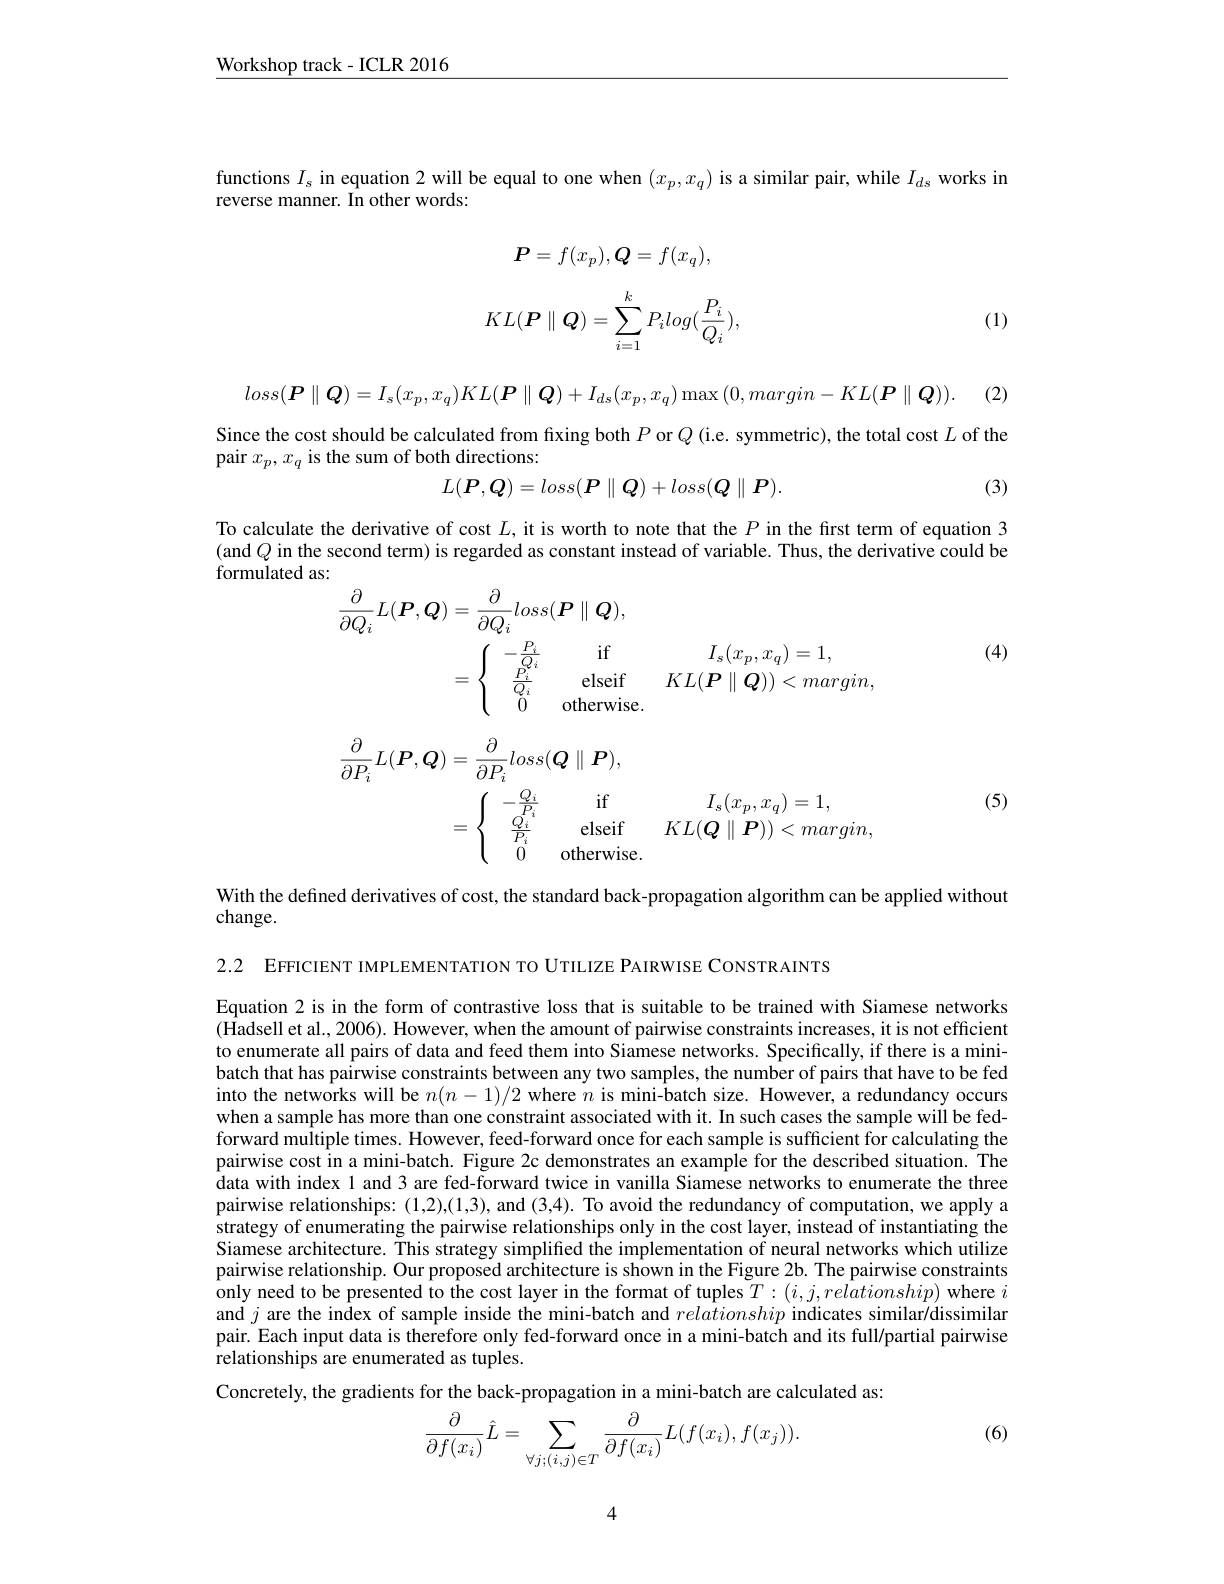
$\underline{\text{Workshop track-ICLR 2016}}$

functions $I_s$ in equation 2 will be equal to one when $(x_p,x_q)$ is a similar pair, while $I_d$s works in
reverse manner. In other words:
$$\boldsymbol{P}=f(x_p),\boldsymbol{Q}=f(x_q),$$
$$KL(\boldsymbol{P}\parallel\boldsymbol{Q})=\sum_{i=1}^kP_ilog(\frac{P_i}{Q_i}),$$
(1)

(2)
$$loss(\boldsymbol{P}\parallel\boldsymbol{Q})=I_s(x_p,x_q)KL(\boldsymbol{P}\parallel\boldsymbol{Q})+I_{ds}(x_p,x_q)\max{(0,margin-KL(\boldsymbol{P}\parallel\boldsymbol{Q}))}.$$
Since the cost should be calculated from fixing both $P$ or $Q$ (i.e. symmetric), the total cost $L$ of the
pair $x_p,x_q$ is the sum of both directions:
(3)
$$L(\boldsymbol{P},\boldsymbol{Q})=loss(\boldsymbol{P}\parallel\boldsymbol{Q})+loss(\boldsymbol{Q}\parallel\boldsymbol{P}).$$
To calculate the derivative of cost $L$, it is worth to note that the $P$ in the first term of equation 3 (and $Q$ in the second term) is regarded as constant instead of variable. Thus, the derivative could be formulated as:

(4)
$$\begin{aligned}\frac{\partial}{\partial Q_{i}}L(\boldsymbol{P},\boldsymbol{Q})&=\frac{\partial}{\partial Q_{i}}loss(\boldsymbol{P}\parallel\boldsymbol{Q}),\\&=\begin{cases}&-\frac{P_{i}}{Q_{i}}&\text{if}&I_{s}(x_{p},x_{q})=1,\\&\frac{P_{i}}{Q_{i}}&\text{elseif}&KL(\boldsymbol{P}\parallel\boldsymbol{Q}))<margin,\\&0&\text{otherwise.}\end{cases}\end{aligned}$$
$$\begin{aligned}\frac{\partial}{\partial P_{i}}L(\boldsymbol{P},\boldsymbol{Q})&=\frac{\partial}{\partial P_{i}}loss(\boldsymbol{Q}\parallel\boldsymbol{P}),\\&=\left\{\begin{array}{ccc}-\frac{Q_{i}}{P_{i}}&\text{if}&I_{s}(x_{p},x_{q})=1,\\\frac{Q_{i}}{P_{i}}&\text{elseif}&KL(\boldsymbol{Q}\parallel\boldsymbol{P}))<margin,\\0&\text{otherwise.}\end{array}\right.\end{aligned}$$
(5)

With the defined derivatives of cost, the standard back-propagation algorithm can be applied without

change.

2.2 EFFICIENT IMPLEMENTATION TO UTILIZE PAIRWISE CONSTRAINTS

Equation 2 is in the form of contrastive loss that is suitable to be trained with Siamese networks $(\hat{\text{Hadsell et al.,2006). However, when the amount of pairwise constraints increases, it is not efficient}}$ to enumerate all pairs of data and feed them into Siamese networks. Specifically, if there is a minibatch that has pairwise constraints between any two samples, the number of pairs that have to be fed into the networks will be $n(n-1)/2$ where $n$ is mini-batch size. However, a redundancy occurs when a sample has more than one constraint associated with it. In such cases the sample will be fedforward multiple times. However, feed-forward once for each sample is sufficient for calculating the pairwise cost in a mini-batch. Figure 2c demonstrates an example for the described situation. The data with index 1 and 3 are fed-forward twice in vanilla Siamese networks to enumerate the three pairwise relationships: (1,2),(1,3), and (3,4). To avoid the redundancy of computation, we apply a strategy of enumerating the pairwise relationships only in the cost layer, instead of instantiating the Siamese architecture. This strategy simplified the implementation of neural networks which utilize pairwise relationship. Our proposed architecture is shown in the Figure 2b. The pairwise constraints $\hat{\text{only need to be presented to the cost layer in the format of tuples}T}:(i,j,re\hat{lationship})$ where $i$ and $j$ are the index of sample inside the mini-batch and relationship indicates similar/dissimilar pair. Each input data is therefore only fed-forward once in a mini-batch and its full/partial pairwise relationships are enumerated as tuples.
Concretely, the gradients for the back-propagation in a mini-batch are calculated as:

(6)
$$\frac{\partial}{\partial f(x_i)}\hat{L}=\sum_{\forall j;(i,j)\in T}\frac{\partial}{\partial f(x_i)}L(f(x_i),f(x_j)).$$
4